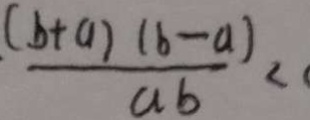
. \frac { ( b + a ) ( b - a ) } { a b } <